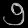
Digit: ၅